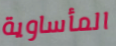
المأساوية